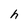
Character: h